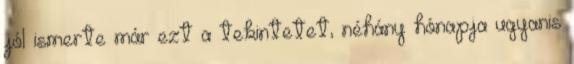
jól ismerte már ezt a tekintetet, néhány hónapja ugyanis